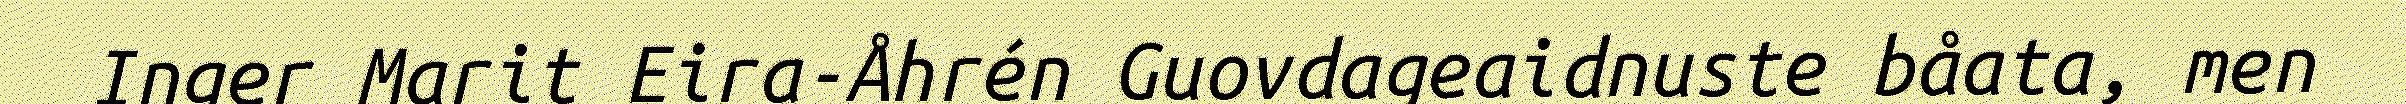
Inger Marit Eira-Åhrén Guovdageaidnuste båata, men